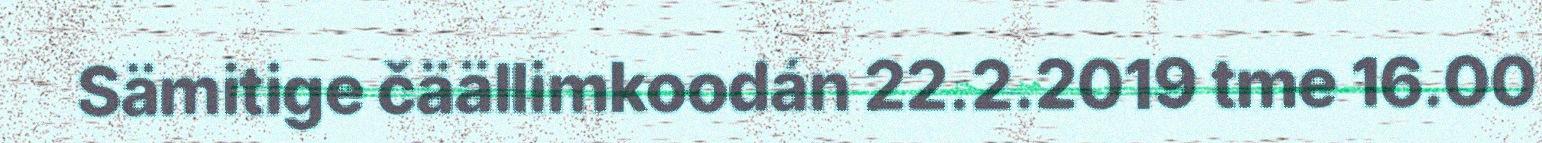
Sämitige čäällimkoodán 22.2.2019 tme 16.00